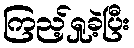
ကြည့်ရှုခဲ့ပြီး